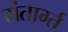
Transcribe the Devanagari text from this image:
संतार्ग्त